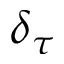
\delta _ { \tau }